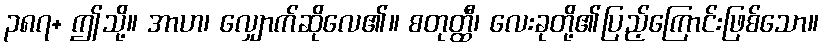
၃၈၇+ ဤသို့။ အာဟ၊ လျှောက်ဆိုလေ၏။ စတုတ္ထီ၊ လေးခုတို့၏ပြည့်ကြောင်းဖြစ်သော။